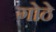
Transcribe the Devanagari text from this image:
गोठे